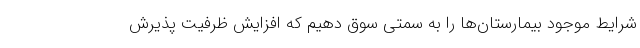
شرایط موجود بیمارستان‌ها را به سمتی سوق دهیم که افزایش ظرفیت پذیرش